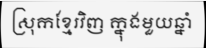
ស្រុកខ្មែរវិញ ក្នុងមួយឆ្នាំ